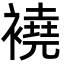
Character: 襓